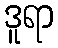
ဒူရာ